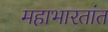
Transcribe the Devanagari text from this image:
महाभारतांत